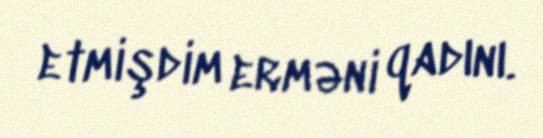
etmişdim erməni qadını.